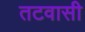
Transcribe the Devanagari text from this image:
तटवासी